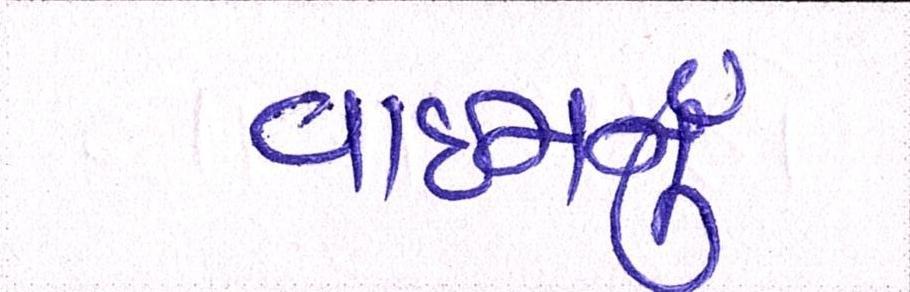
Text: વાઇનનું